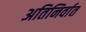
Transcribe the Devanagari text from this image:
अतिनिर्वात